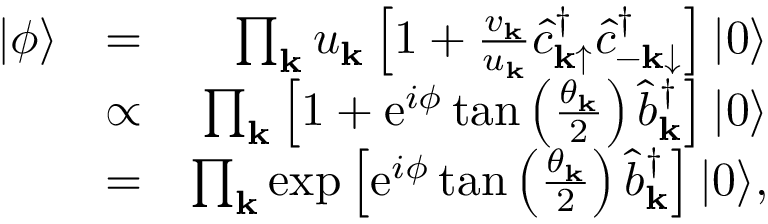
\begin{array} { r l r } { | \phi \rangle } & { = } & { \prod _ { { \bf k } } u _ { { \bf k } } \left[ 1 + \frac { v _ { { \bf k } } } { u _ { { \bf k } } } \hat { c } _ { { \bf k } \mathrm { \uparrow } } ^ { \dagger } \hat { c } _ { { \bf - k } \mathrm { \downarrow } } ^ { \dagger } \right] | 0 \rangle } \\ & { \propto } & { \prod _ { { \bf k } } \left[ 1 + \mathrm { e } ^ { i \phi } \tan \left( \frac { \theta _ { \bf k } } { 2 } \right) \hat { b } _ { { \bf k } } ^ { \dagger } \right] | 0 \rangle } \\ & { = } & { \prod _ { { \bf k } } \exp \left[ \mathrm { e } ^ { i \phi } \tan \left( \frac { \theta _ { \bf k } } { 2 } \right) \hat { b } _ { { \bf k } } ^ { \dagger } \right] | 0 \rangle , } \end{array}